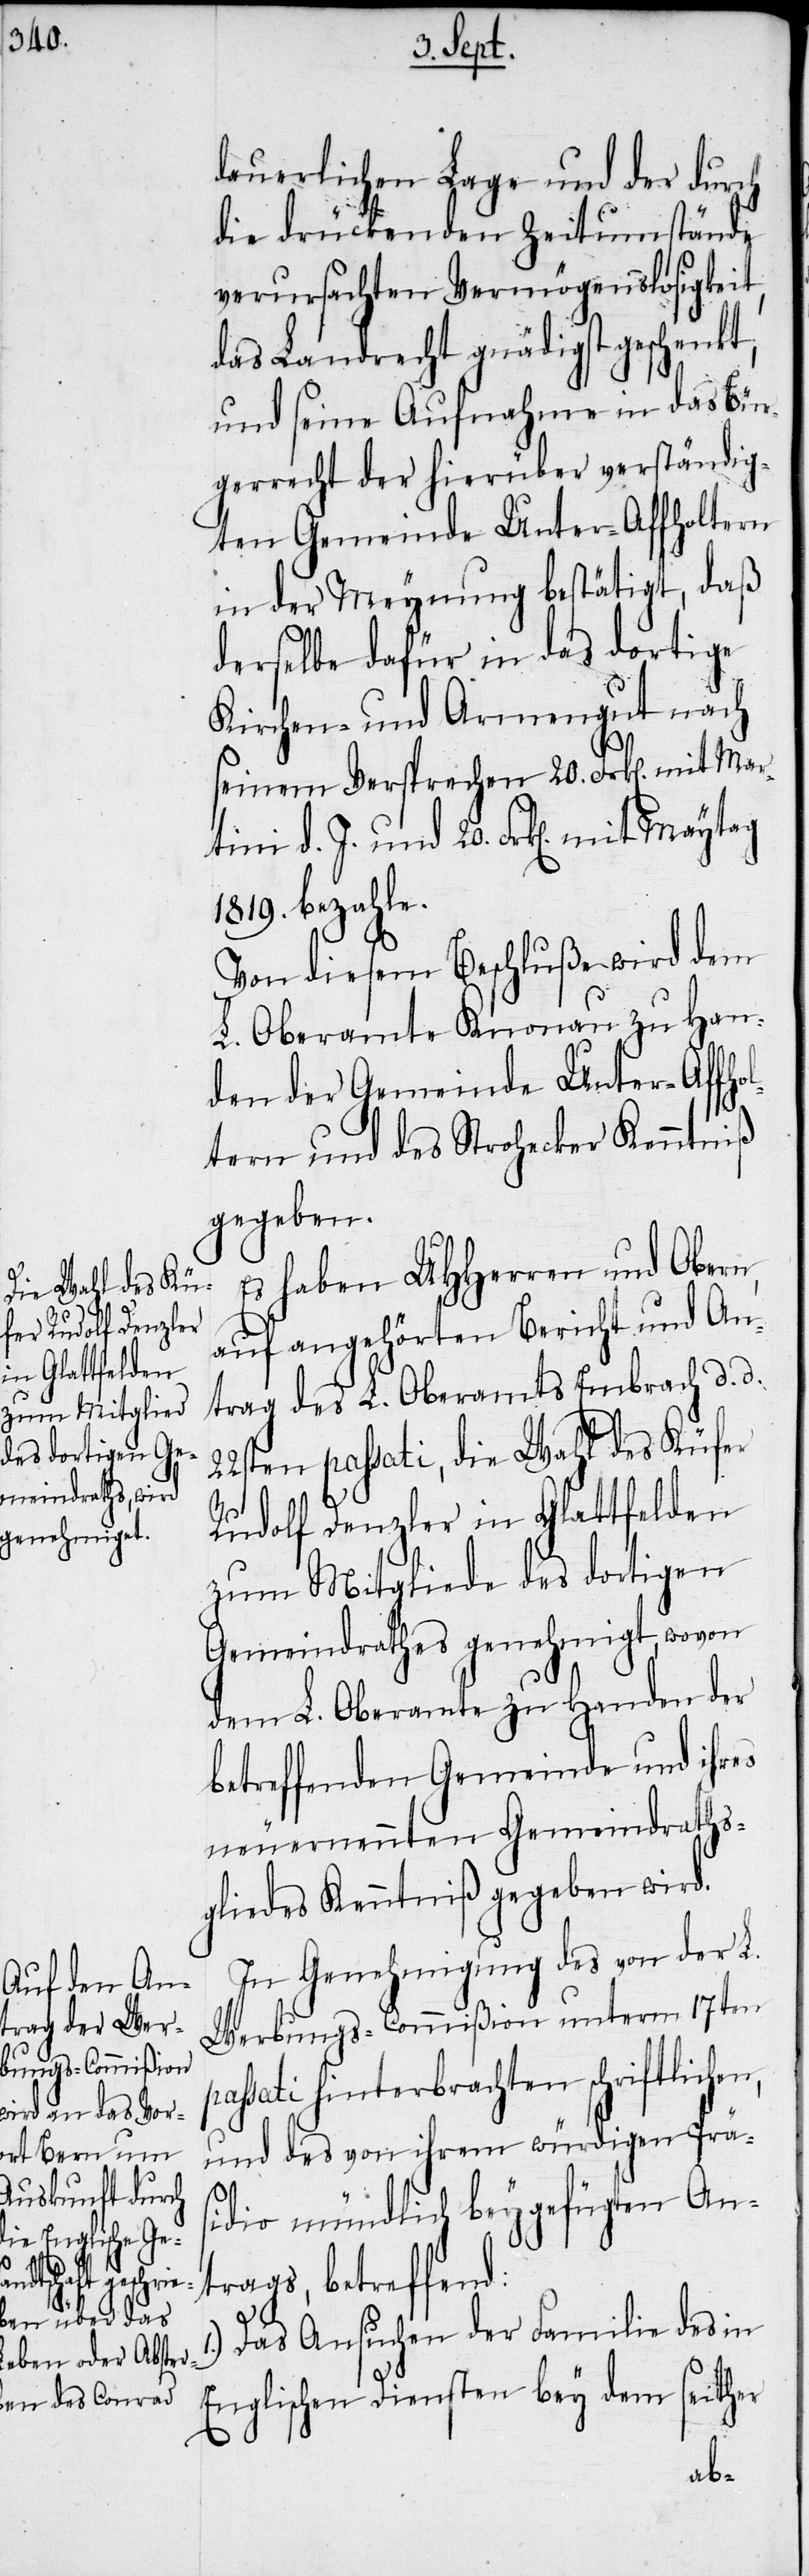
p¬

dauerlichen Lage und der durch
die drückenden Zeitumstände
verursachten Vermögenslosigkeit,
das Landrecht gnädigst geschenkt,
und seine Aufnahme in das Bür¬
gerrecht der hierüber verständig¬
ten Gemeinde Unter-Affholtern
in der Meynung bestätigt, daß
derselbe dafür in das dortige
Kirchen- und Armengut nach
seinem Versprechen 20. Frk[en]. mit Mar¬
tini d. J. und 20. Frk[en]. mit
1819. bezahle.
Von diesem Beschluße wird dem
L. Oberamte Knonau zu Han¬
den der Gemeinde Unter-Affho¬
ltern und des Strohecker Kenntniß
gegeben.
Es haben UHHerren und Obern,
auf angehörten Bericht und An¬
trag des L. Oberamtes Embrach d. d.
22sten passati, die Wahl des Küfer
Rudolf Denzler in Glattfelden
zum Mitgliede des dortigen
Gemeindrathes genehmigt, wovon
dem L. Oberamte zu Handen der
betreffenden Gemeinde und ihres
neuernennten Gemeindraths¬
gliedes Kenntniß gegeben wird.
In Genehmigung des von der L.
Werbungs-Commißion unterm 17ten
assati hinterbrachten schriftlichen,
und des von ihrem würdigen Prä¬
sidio mündlich beygefügten An¬
trags, betreffend:
Das Ansuchen der Familie des in
Englischen Diensten bey dem seither